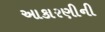
આકારણીની